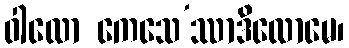
ဝါလော ကေသေ’ဿာဒိလောမေ၊